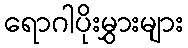
ရောဂါပိုးမွှားများ